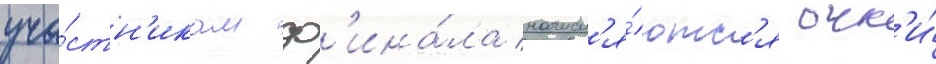
уча́стн'икам ф'ина́ла начисл'я́ютс'я очк'и́